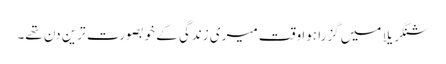
شنگریلا میں گزرا ہوا وقت میری زندگی کے خوبصورت ترین دن تھے۔